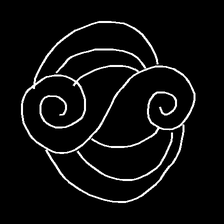
Glyph: wind-underfoot